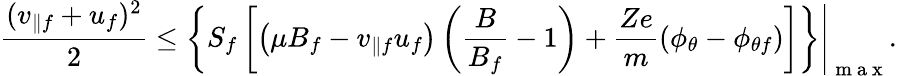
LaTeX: \frac{(v_{\parallel f}+u_{f})^{2}}{2}\leq\left.\left\lbrace S_{f}\left[\left(\mu B_{f}-v_{\parallel f}u_{f}\right)\left(\frac{B}{B_{f}}-1\right)+\frac{Ze}{m}(\phi_{\theta}-\phi_{\theta f})\right]\right\rbrace\right\rvert_{\mathrm{~m~a~x~}}.